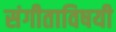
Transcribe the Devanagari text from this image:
संगीताविषयी